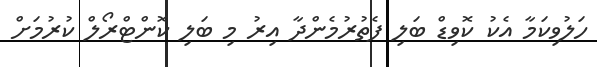
ހަލުވިކަމާ އެކު ކޮވިޑް ބަލި ފެތުރުމެންދާ އިރު މި ބަލި ކޮންޓްރޯލް ކުރުމަށް